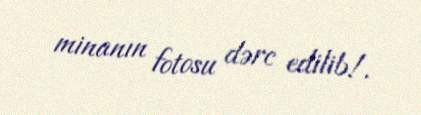
minanın fotosu dərc edilib!.